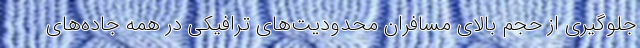
جلوگیری از حجم بالای مسافران محدودیت‌های ترافیکی در همه جاده‌های